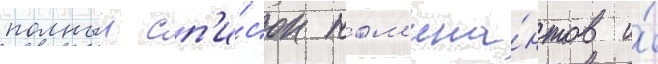
полныи сп'и́сок ном'ина́нтов и́